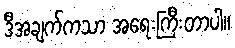
ဒီအချက်ကသာ အရေးကြီးတာပါ။